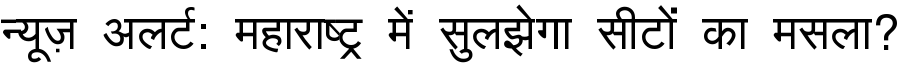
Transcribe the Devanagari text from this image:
न्यूज़ अलर्ट: महाराष्ट्र में सुलझेगा सीटों का मसला?